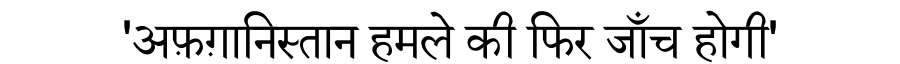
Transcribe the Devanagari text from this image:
'अफ़ग़ानिस्तान हमले की फिर जाँच होगी'